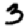
Digit: 3